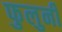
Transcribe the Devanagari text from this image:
फुलुनी